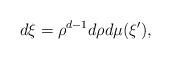
\begin{align*} d\xi = \rho^{d-1}d\rho d\mu(\xi'),\end{align*}